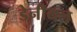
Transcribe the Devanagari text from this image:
डेनीयल